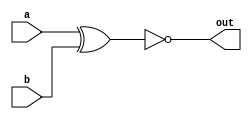
// This program was cloned from: https://github.com/matthewdelorenzo/CreativEval
// License: BSD 3-Clause "New" or "Revised" License

module top_module( 
    input a, 
    input b, 
    output out );
    assign out = ~(a ^ b);
endmodule